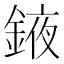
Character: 䤳